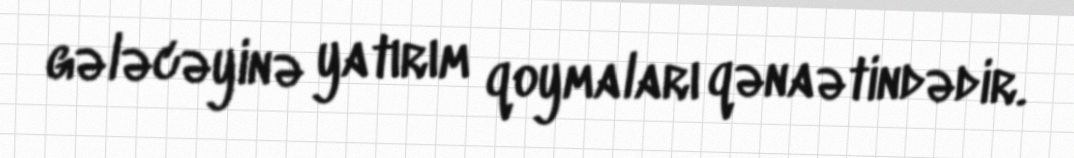
gələcəyinə yatırım qoymaları qənaətindədir.